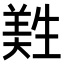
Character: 𦎡